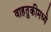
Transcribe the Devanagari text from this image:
वाहतुकीमध्ये